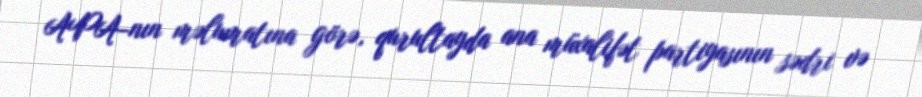
APA-nın məlumatına görə, qurultayda ana müxalifət partiyasının sədri və